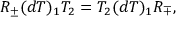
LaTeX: R _ { \pm } ( d T ) _ { 1 } T _ { 2 } = T _ { 2 } ( d T ) _ { 1 } R _ { \mp } ,